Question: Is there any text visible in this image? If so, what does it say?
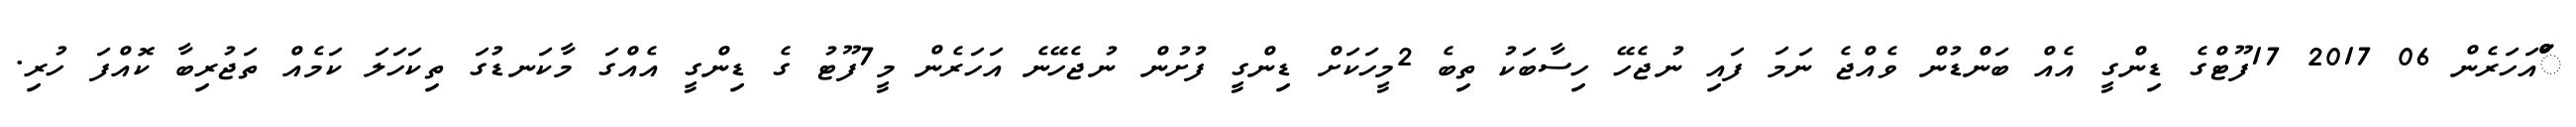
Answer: ަްްަަައަހަރެން 06 2017 17ފޫޓްގެ ޑިންގީ އެއް ބަންޑުން ވެއްޖެ ނަމަ ފައި ނުޖެހޭ ހިސާބަކު ތިބެ 2މީހަކަށް ޑިންގީ ފުށުން ނުޖެހޭނެ އަހަރެން މީ7ފޫޓު ގެ ޑިންގީ އެއްގަ މާކަނޑުގަ ތިކަހަލަ ކަމެއް ތަޖުރިބާ ކޮއްފަ ހުރި.